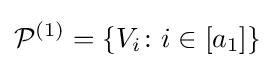
{\mathcal {P}}^{(1)}=\{V_{i}\colon i\in [a_{1}]\}